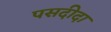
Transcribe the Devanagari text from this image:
पसदीदा